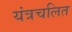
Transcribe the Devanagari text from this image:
यंत्रचलित